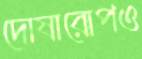
দোষারোপও